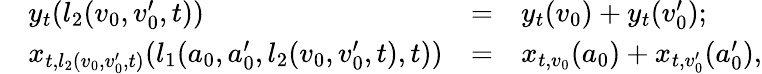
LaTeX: \begin{array}{rlrl}&{y_{t}(l_{2}(v_{0},v_{0}^{\prime},t))}&{=}&{y_{t}(v_{0})+y_{t}(v_{0}^{\prime});}\\ &{x_{t,l_{2}(v_{0},v_{0}^{\prime},t)}(l_{1}(a_{0},a_{0}^{\prime},l_{2}(v_{0},v_{0}^{\prime},t),t))}&{=}&{x_{t,v_{0}}(a_{0})+x_{t,v_{0}^{\prime}}(a_{0}^{\prime}),}\end{array}